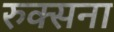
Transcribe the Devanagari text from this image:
रुक्सना